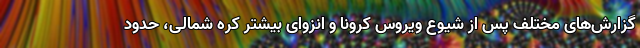
گزارش‌های مختلف پس از شیوع ویروس کرونا و انزوای بیشتر کره شمالی، حدود